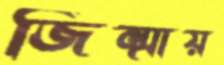
জিম্মায়